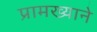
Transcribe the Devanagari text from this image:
प्रामख्याने